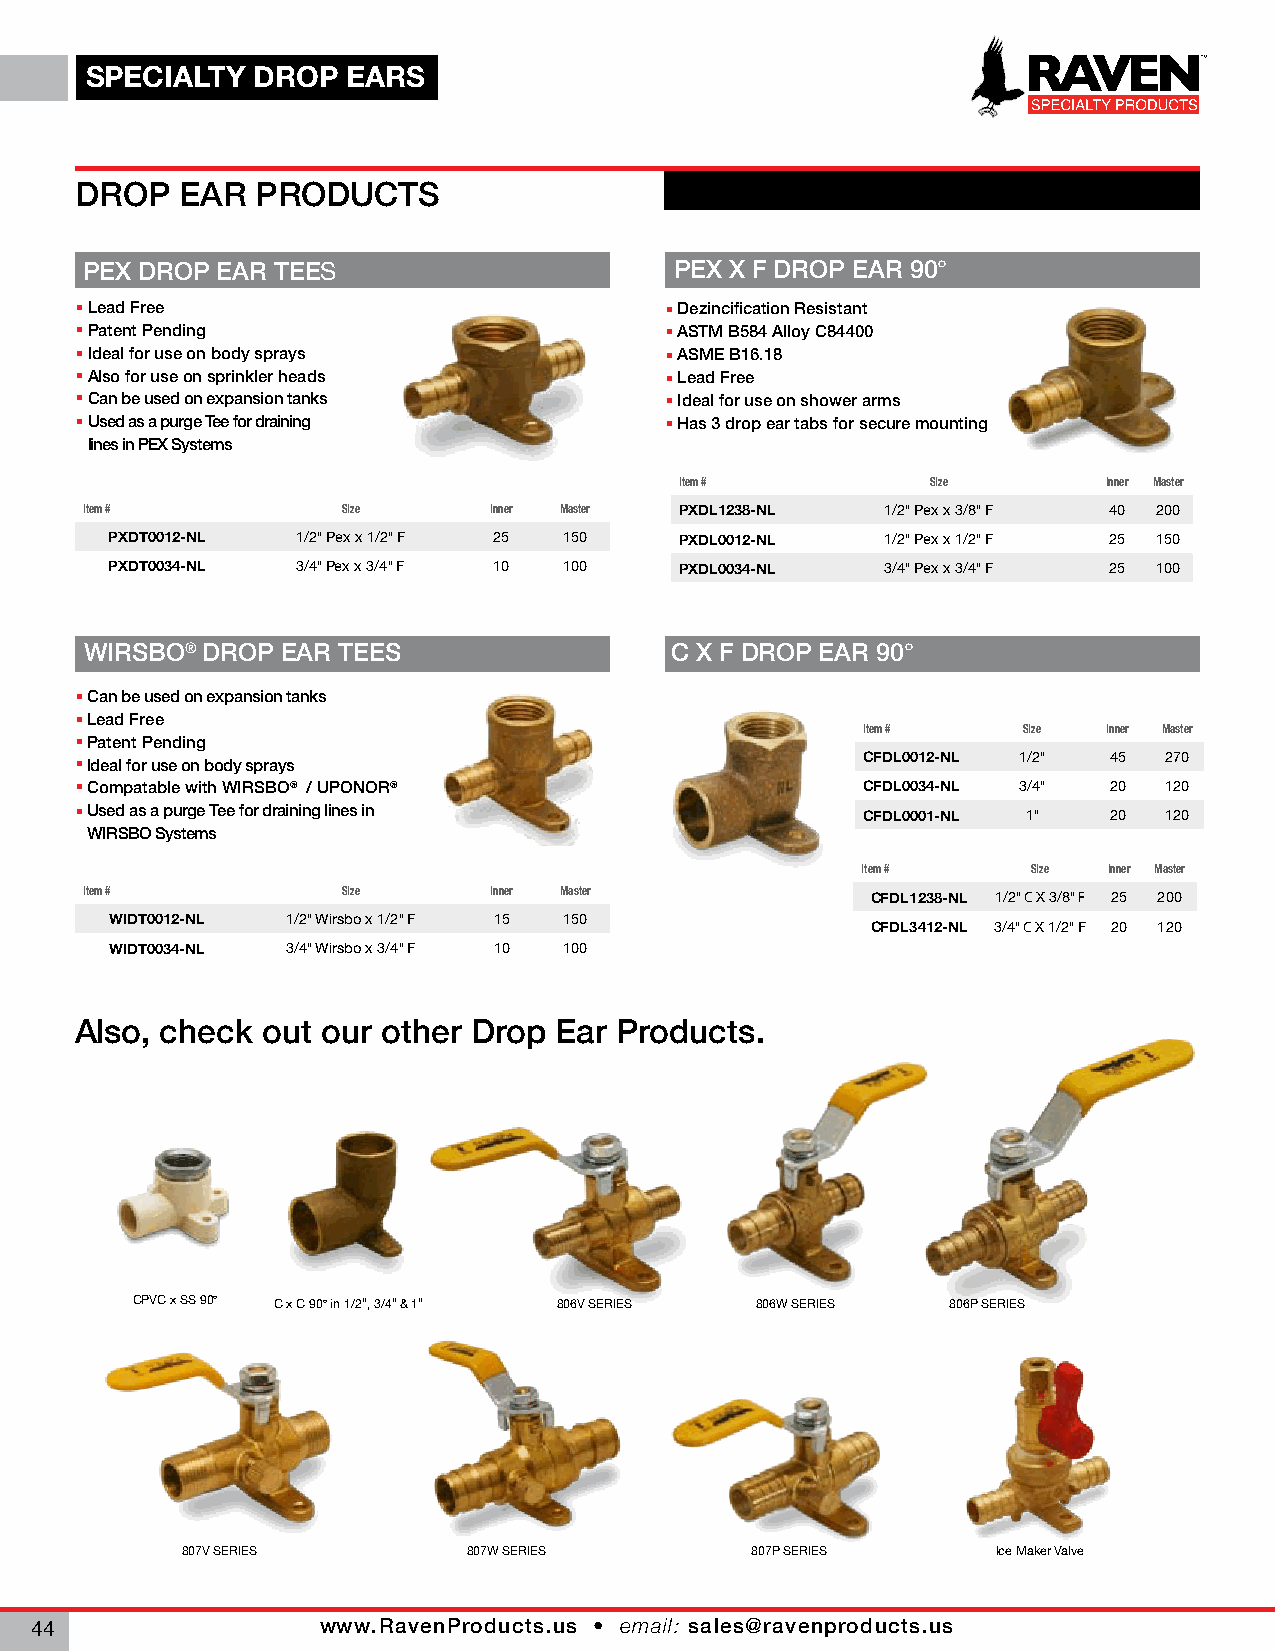
SPECIALTY  DROP  EARS
 DROP   EAR  PRODUCTS
 PEX DROP EAR TEES                      PEX X F DROP EAR 90°
 Lead Free                              Dezincification Resistant
 Patent Pending                         ASTM B584 Alloy C84400
 Ideal for use on body sprays           ASME B16.18
 Also for use on sprinkler heads        Lead Free
 Can be used on expansion tanks         Ideal for use on shower arms
 Used as a purge Tee for draining       Has 3 drop ear tabs for secure mounting
 lines in PEX Systems
 Item #           Size       Inner Master
 Item #           Size     Inner Master PXDL1238-NL   1/2" Pex x 3/8" F 40 200
 PXDT0012-NL  1/2" Pex x 1/2" F 25 150 PXDL0012-NL   1/2" Pex x 1/2" F 25 150
 PXDT0034-NL  3/4" Pex x 3/4" F 10 100 PXDL0034-NL   3/4" Pex x 3/4" F 25 100
 WIRSBO® DROP EAR TEES                 C X F DROP EAR 90°
 Can be used on expansion tanks
 Lead Free
 Item #     Size Inner Master
 Patent Pending
 Ideal for use on body sprays                       CFDL0012-NL 1/2" 45 270
 Compatable with WIRSBO® / UPONOR®                  CFDL0034-NL 3/4" 20 120
 Used as a purge Tee for draining lines in          CFDL0001-NL 1"  20  120
 WIRSBO Systems
 Item #     Size Inner Master
 Item #           Size     Inner Master              CFDL1238-NL 1/2" C X 3/8" F 25 200
 WIDT0012-NL 1/2" Wirsbo x 1/2" F 15 150            CFDL3412-NL 3/4" C X 1/2" F 20 120
 WIDT0034-NL 3/4" Wirsbo x 3/4" F 10 100
 Also, check out our other Drop  Ear Products.
 CPVC x SS 90° C x C 90° in 1/2", 3/4" & 1" 806V SERIES 806W SERIES 806P SERIES
 807V SERIES        807W SERIES        807P SERIES     Ice Maker Valve
 www.RavenProducts.us • email: sales@ravenproducts.us
 44